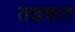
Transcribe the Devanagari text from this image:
तडकत